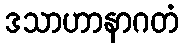
ဒသာဟာနာဂတံ